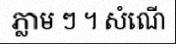
ភ្លាម ៗ ។ សំណើ